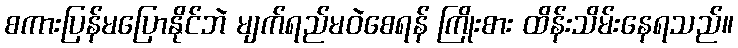
စကားပြန်မပြောနိုင်ဘဲ မျက်ရည်မဝဲစေရန် ကြိုးစား ထိန်းသိမ်းနေရသည်။